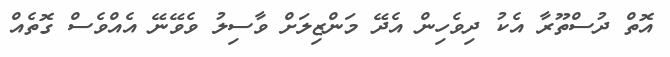
އޮތް ދުސްތޫރާ އެކު ދިވެހިން އެދޭ މަންޒިލަށް ވާސިލު ވެވޭނޭ އެއްވެސް ގޮތެއް